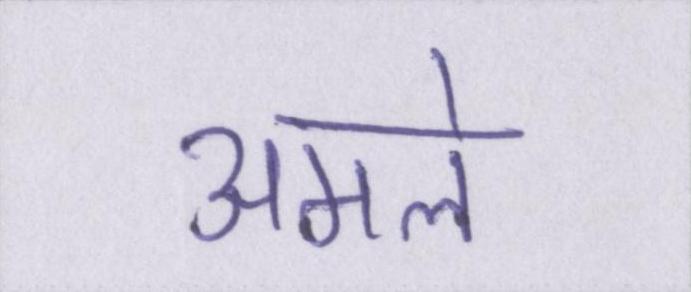
अमले